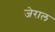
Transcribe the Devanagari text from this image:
जेराल